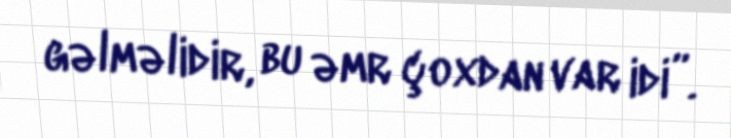
gəlməlidir, bu əmr çoxdan var idi”.